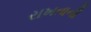
રાખતાની